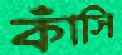
কাঁসি